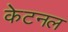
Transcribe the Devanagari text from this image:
केटनल